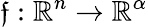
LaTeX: \mathfrak{f}:\mathbb{{R}}^{n}\rightarrow\mathbb{{R}}^{\alpha}